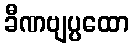
ခီဏဗျပ္ပထော